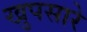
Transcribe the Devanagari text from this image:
खुपसारे